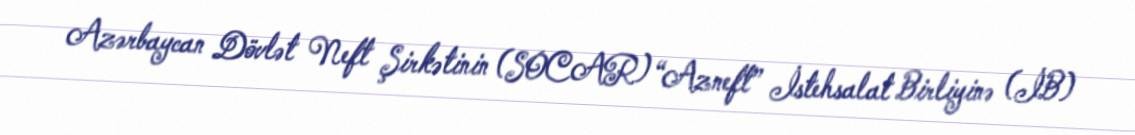
Azərbaycan Dövlət Neft Şirkətinin (SOCAR) “Azneft” İstehsalat Birliyinə (İB)